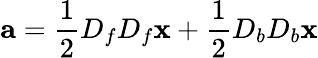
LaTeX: {\mathbf a}=\frac{1}{2}D_{f}D_{f}{\mathbf x}+\frac{1}{2}D_{b}D_{b}{\mathbf x}